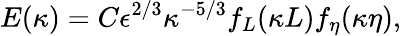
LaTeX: E(\kappa)=C\epsilon^{2/3}\kappa^{-5/3}f_{L}(\kappa L)f_{\eta}(\kappa\eta),